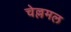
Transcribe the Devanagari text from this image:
चेल्लमल